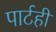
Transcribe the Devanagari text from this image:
पार्टही